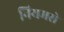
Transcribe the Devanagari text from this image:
नियमसे